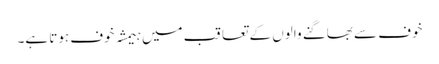
خوف سے بھاگنے والوں کے تعاقب میں ہیمشہ خوف ہوتا ہے۔